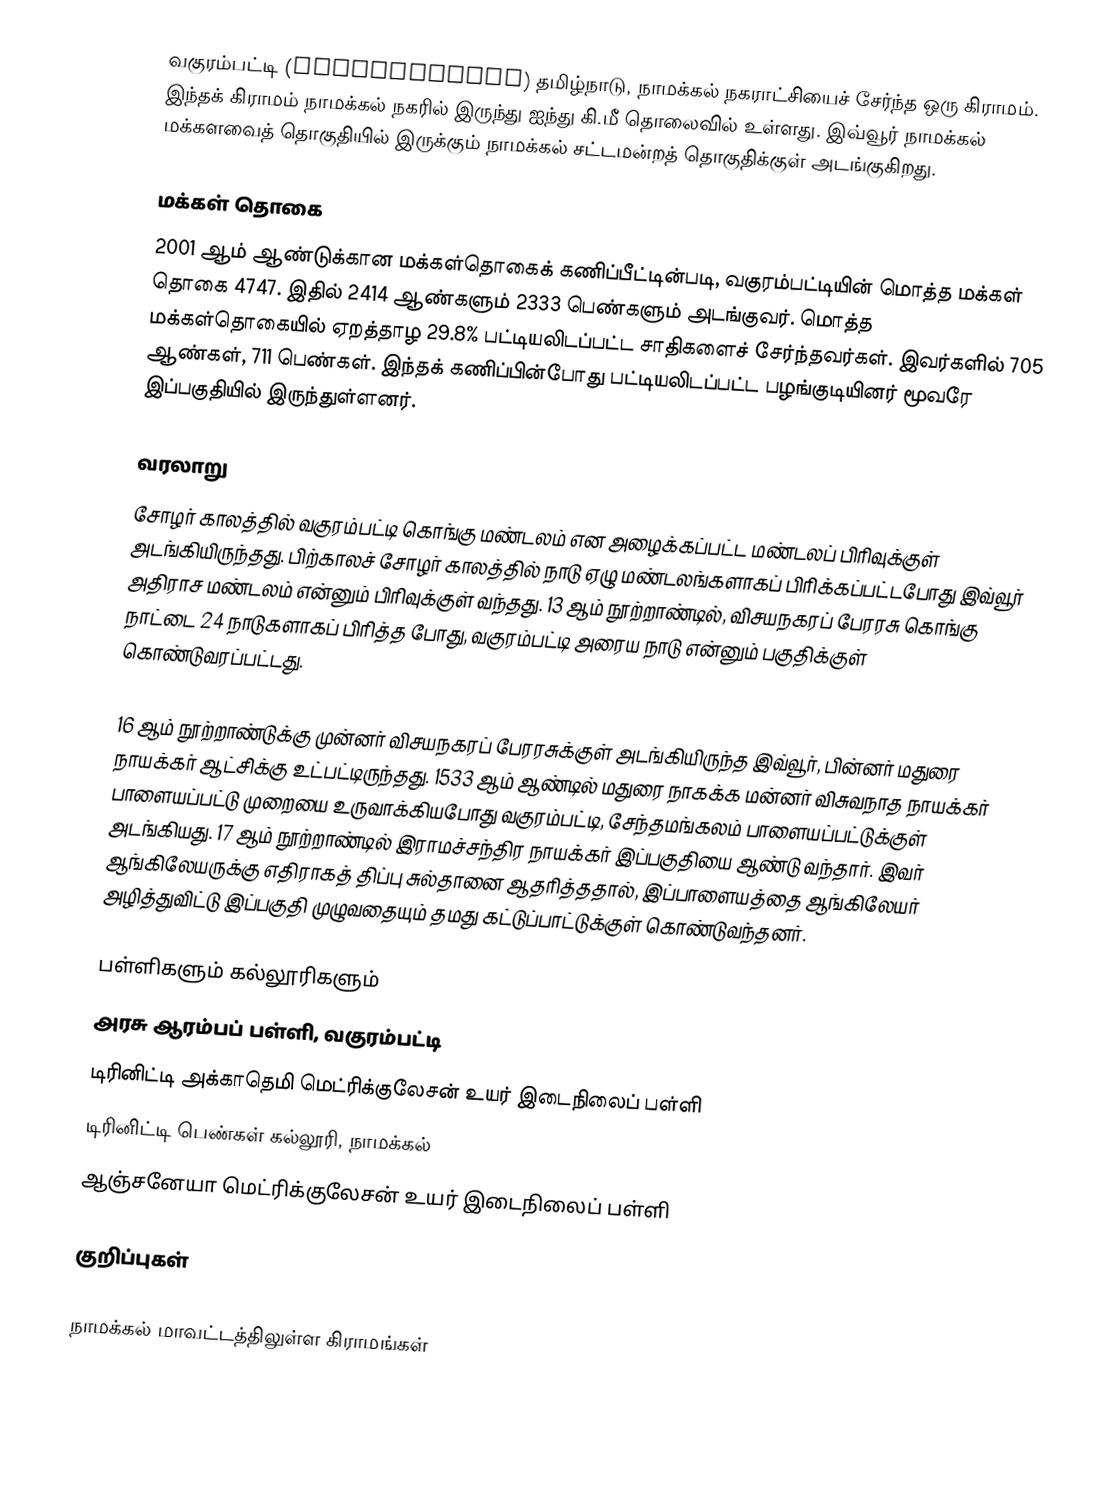
வகுரம்பட்டி (Vagurampatty) தமிழ்நாடு, நாமக்கல் நகராட்சியைச் சேர்ந்த ஒரு கிராமம். இந்தக் கிராமம் நாமக்கல் நகரில் இருந்து ஐந்து  கி.மீ தொலைவில் உள்ளது. இவ்வூர் நாமக்கல் மக்களவைத் தொகுதியில் இருக்கும் நாமக்கல் சட்டமன்றத் தொகுதிக்குள் அடங்குகிறது.

மக்கள் தொகை
2001 ஆம் ஆண்டுக்கான மக்கள்தொகைக் கணிப்பீட்டின்படி, வகுரம்பட்டியின் மொத்த மக்கள் தொகை 4747. இதில் 2414 ஆண்களும் 2333 பெண்களும் அடங்குவர். மொத்த மக்கள்தொகையில் ஏறத்தாழ 29.8% பட்டியலிடப்பட்ட சாதிகளைச் சேர்ந்தவர்கள். இவர்களில் 705 ஆண்கள், 711 பெண்கள். இந்தக் கணிப்பின்போது பட்டியலிடப்பட்ட பழங்குடியினர் மூவரே இப்பகுதியில் இருந்துள்ளனர்.

வரலாறு
சோழர் காலத்தில் வகுரம்பட்டி கொங்கு மண்டலம் என அழைக்கப்பட்ட மண்டலப் பிரிவுக்குள் அடங்கியிருந்தது. பிற்காலச் சோழர் காலத்தில் நாடு ஏழு மண்டலங்களாகப் பிரிக்கப்பட்டபோது இவ்வூர் அதிராச மண்டலம் என்னும் பிரிவுக்குள் வந்தது. 13 ஆம் நூற்றாண்டில், விசயநகரப் பேரரசு கொங்கு நாட்டை 24 நாடுகளாகப் பிரித்த போது, வகுரம்பட்டி அரைய நாடு என்னும் பகுதிக்குள் கொண்டுவரப்பட்டது.

16 ஆம் நூற்றாண்டுக்கு முன்னர் விசயநகரப் பேரரசுக்குள் அடங்கியிருந்த இவ்வூர், பின்னர் மதுரை நாயக்கர் ஆட்சிக்கு உட்பட்டிருந்தது. 1533 ஆம் ஆண்டில் மதுரை நாகக்க மன்னர் விசுவநாத நாயக்கர் பாளையப்பட்டு முறையை உருவாக்கியபோது வகுரம்பட்டி, சேந்தமங்கலம் பாளையப்பட்டுக்குள் அடங்கியது. 17 ஆம் நூற்றாண்டில் இராமச்சந்திர நாயக்கர் இப்பகுதியை ஆண்டு வந்தார். இவர் ஆங்கிலேயருக்கு எதிராகத் திப்பு சுல்தானை ஆதரித்ததால், இப்பாளையத்தை ஆங்கிலேயர் அழித்துவிட்டு இப்பகுதி முழுவதையும் தமது கட்டுப்பாட்டுக்குள் கொண்டுவந்தனர்.

பள்ளிகளும் கல்லூரிகளும்
அரசு ஆரம்பப் பள்ளி, வகுரம்பட்டி
டிரினிட்டி அக்காதெமி மெட்ரிக்குலேசன் உயர் இடைநிலைப் பள்ளி
டிரினிட்டி பெண்கள் கல்லூரி, நாமக்கல்
ஆஞ்சனேயா மெட்ரிக்குலேசன் உயர் இடைநிலைப் பள்ளி

குறிப்புகள்

நாமக்கல் மாவட்டத்திலுள்ள கிராமங்கள்